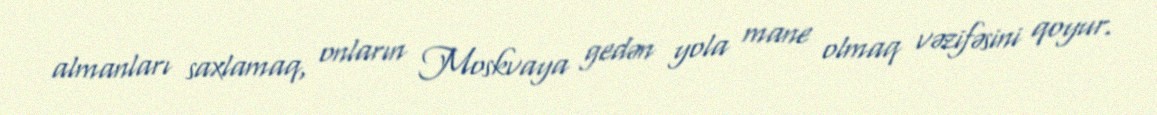
almanları saxlamaq, onların Moskvaya gedən yola mane olmaq vəzifəsini qoyur.